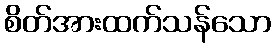
စိတ်အားထက်သန်သော